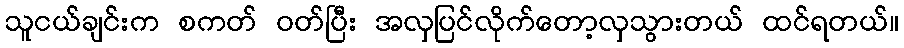
သူငယ်ချင်းက စကတ် ဝတ်ပြီး အလှပြင်လိုက်တော့လှသွားတယ် ထင်ရတယ်။